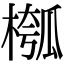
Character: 槬